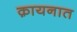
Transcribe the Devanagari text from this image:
क़ायनात